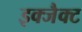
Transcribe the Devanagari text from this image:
इक्जैक्ट